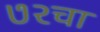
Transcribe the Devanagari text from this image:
७२चा